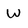
Character: W